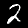
Label: 2